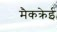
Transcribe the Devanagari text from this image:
मैकक्रेई